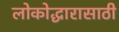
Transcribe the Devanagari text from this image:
लोकोद्धारासाठी